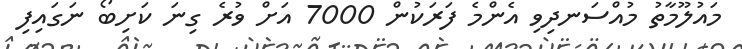
މައުލޫމާތު މުއްސަނދިވި އެންމެ ފަރަކުން 7000 އަށް ވުރެ ގިނަ ކަށިބޯ ނަގައިފި